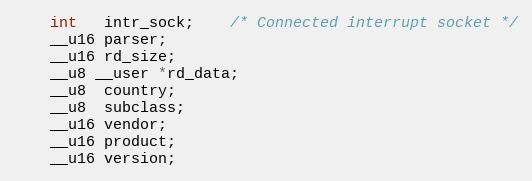
Language: C
	int   intr_sock;	/* Connected interrupt socket */
	__u16 parser;
	__u16 rd_size;
	__u8 __user *rd_data;
	__u8  country;
	__u8  subclass;
	__u16 vendor;
	__u16 product;
	__u16 version;